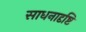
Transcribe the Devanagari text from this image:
साधनादृष्टि